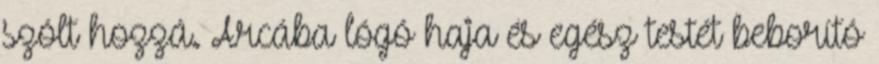
szólt hozzá. Arcába lógó haja és egész testét beborító